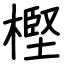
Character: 樫